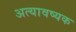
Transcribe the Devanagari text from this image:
अत्यावष्यक